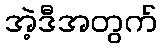
အဲ့ဒီအတွက်